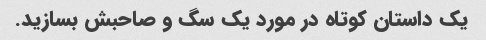
یک داستان کوتاه در مورد یک سگ و صاحبش بسازید.